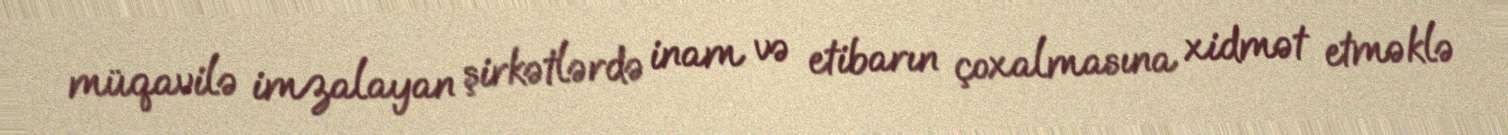
müqavilə imzalayan şirkətlərdə inam və etibarın çoxalmasına xidmət etməklə